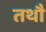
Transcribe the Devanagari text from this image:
तथौ